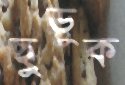
ছুড়ুক